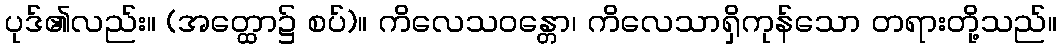
ပုဒ်၏လည်း။ (အတ္ထော၌ စပ်)။ ကိလေသဝန္တော၊ ကိလေသာရှိကုန်သော တရားတို့သည်။